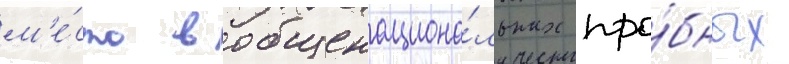
м'е́сто в общенациона́льных про́бных